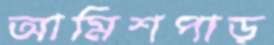
আমিশপাড়